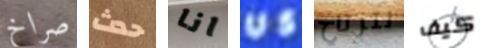
صراخ حدث انا US لترتاح كيف